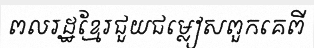
ពលរដ្ឋខ្មែរជួយជម្លៀសពួកគេពី